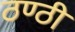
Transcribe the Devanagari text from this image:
ठण्ठी